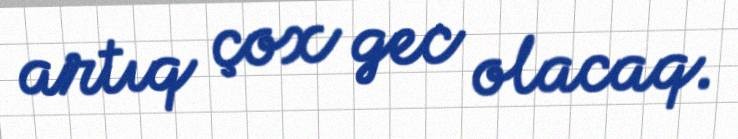
artıq çox gec olacaq.